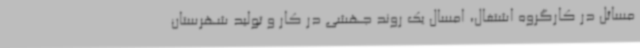
مسائل در کارگروه اشتغال، امسال یک روند جهشی در کار و تولید شهرستان